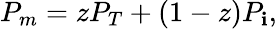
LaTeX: P_{m}=zP_{T}+(1-z)P_{\mathbf{i}},